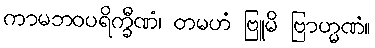
ကာမဘဝပရိက္ခီဏံ၊ တမဟံ ဗြူမိ ဗြာဟ္မဏံ။